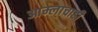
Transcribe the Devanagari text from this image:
आम्लाचाही